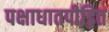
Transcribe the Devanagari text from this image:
पक्षाधातपीड़ित